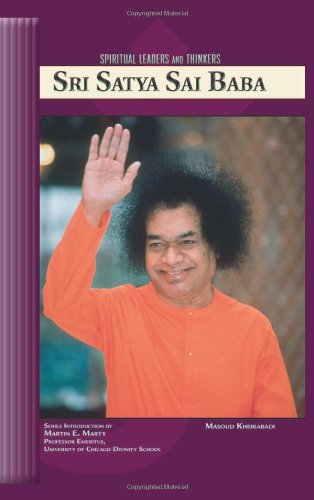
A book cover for Sri Satya Sai Baba (Spiritual Leaders and Thinkers); Masoud Kheirabadi; Teen & Young Adult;